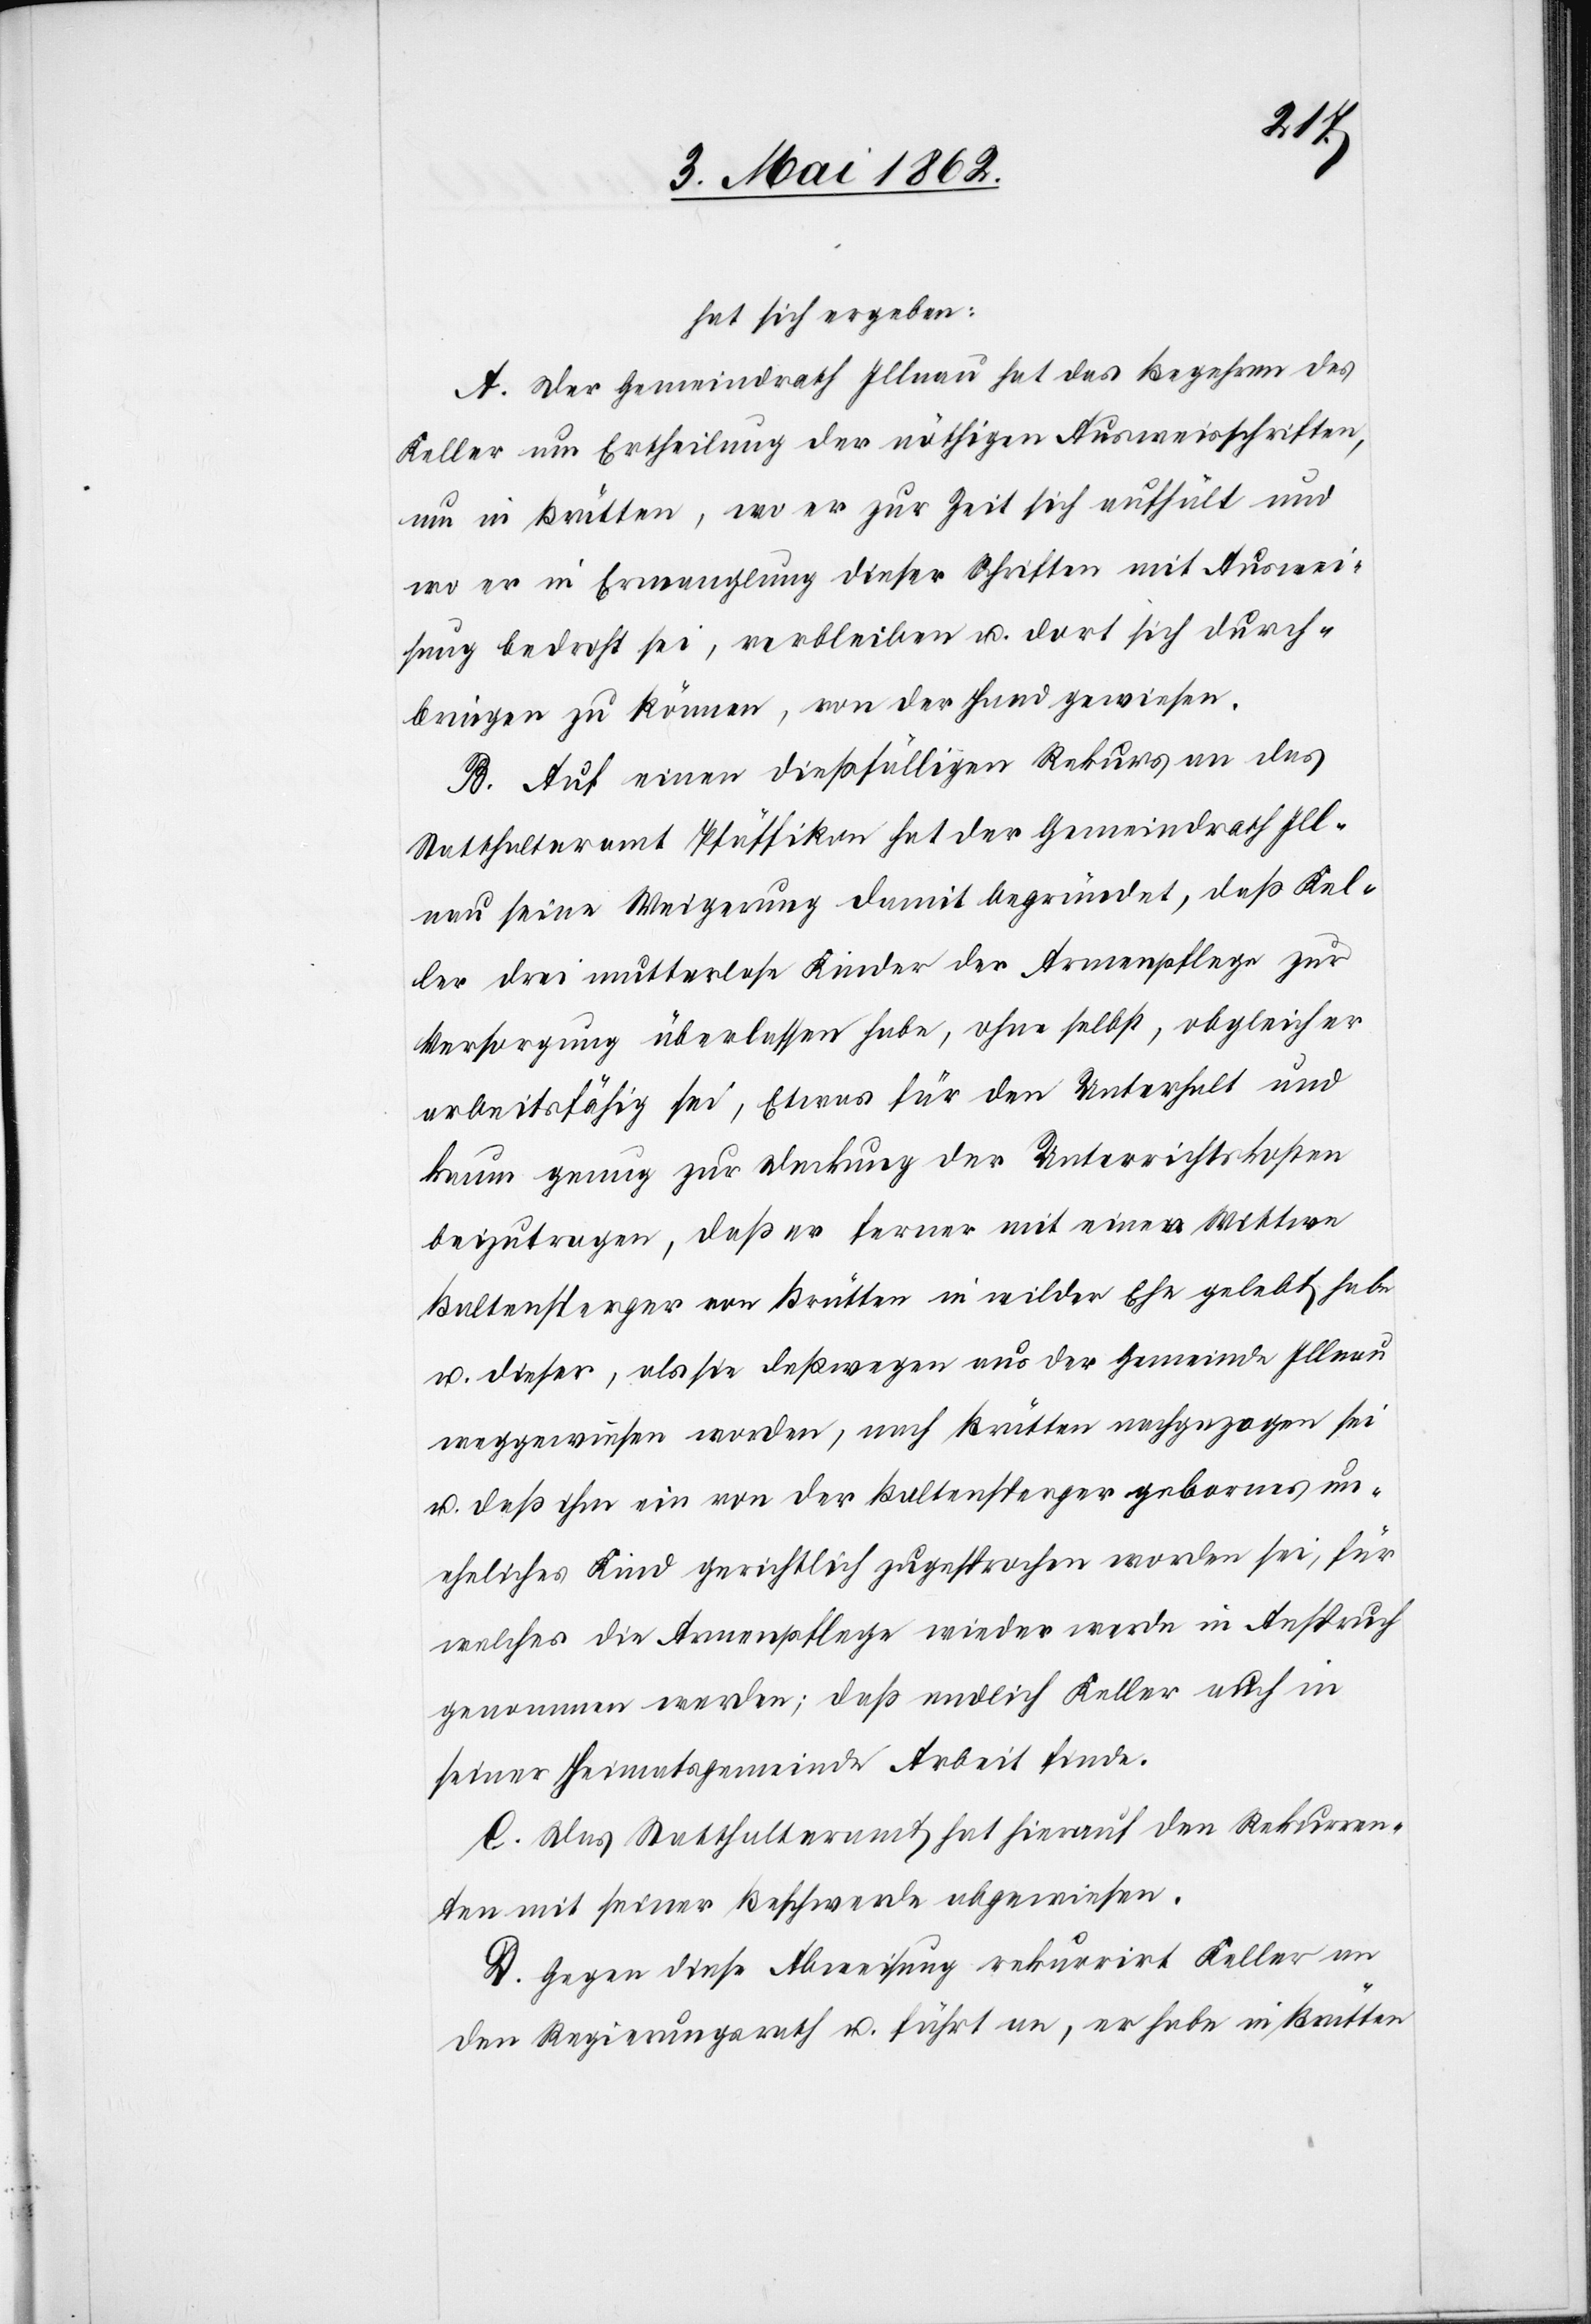
hat sich ergeben:
A. Der Gemeindrath Illnau hat das Begehren des
Keller um Ertheilung der nöthigen Ausweisschriften,
um in Brütten, wo er zur Zeit sich aufhält und
wo er in Ermanglung dieser Schriften mit Ausweis¬
sung bedroht sei, verblieben u. dort sich durch¬
bringen zu können, von der Hand gewiesen.
B. Auf einen dießfälligen Rekurs an das
Statthalteramt Pfäffikon hat der Gemeindrath Ill¬
nau seine Weigerung damit begründet, daß Kel¬
ler drei mutterlose Kinder der Armenpflege zur
Versorgung überlassen habe, ohne selbst, obgleich er
arbeitsfähig sei, Etwas für den Unterhalt und
kaum genug zur Deckung der Unterrichtskosten
beizutragen, daß er ferner mit einer Wittwe
Baltensperger von Brütten in wilder Ehe gelebt habe
u. dieser, als sie deßwegen aus der Gemeinde Illnau
weggewiesen worden, nach Brütten nachgezogen sei
u. daß ihm ein von der Baltensperger gebornes un¬
eheliches Kind gerichtlich zugesprochen worden sei, für
welches die Armenpflege wieder werde in Anspruch
genommen werden; daß endlich Keller auch in
seiner Heimatsgemeinde Arbeit finde.
C. Das Statthalteramt hat hierauf den Rekurren¬
ten mit seiner Beschwerde abgewiesen.
D. Gegen diese Abweisung rekurrirt Keller an
den Regierungsrath u. führt an, er habe in Brütten